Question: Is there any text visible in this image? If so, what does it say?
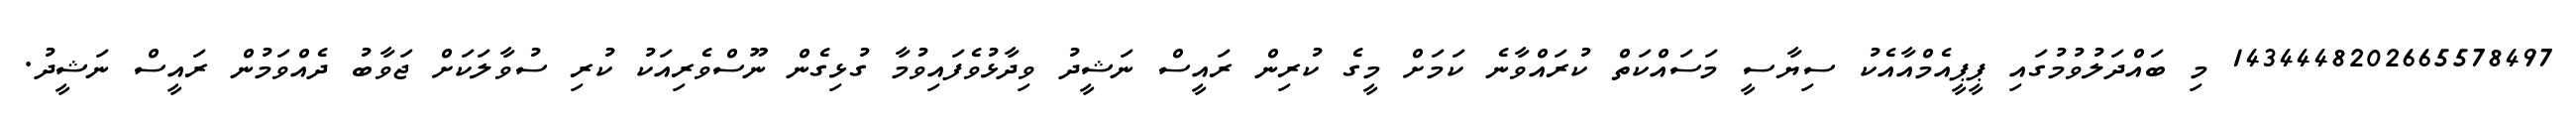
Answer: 1434448202665578497 މި ބައްދަލުވުމުގައި ޕީޕީއެމްއާއެކު ސިޔާސީ މަސައްކަތް ކުރައްވާނެ ކަމަށް މީގެ ކުރިން ރައީސް ނަޝީދު ވިދާޅުވެފައިވުމާ ގުޅިގެން ނޫސްވެރިއަކު ކުރި ސުވާލަކަށް ޖަވާބު ދެއްވަމުން ރައީސް ނަޝީދު.